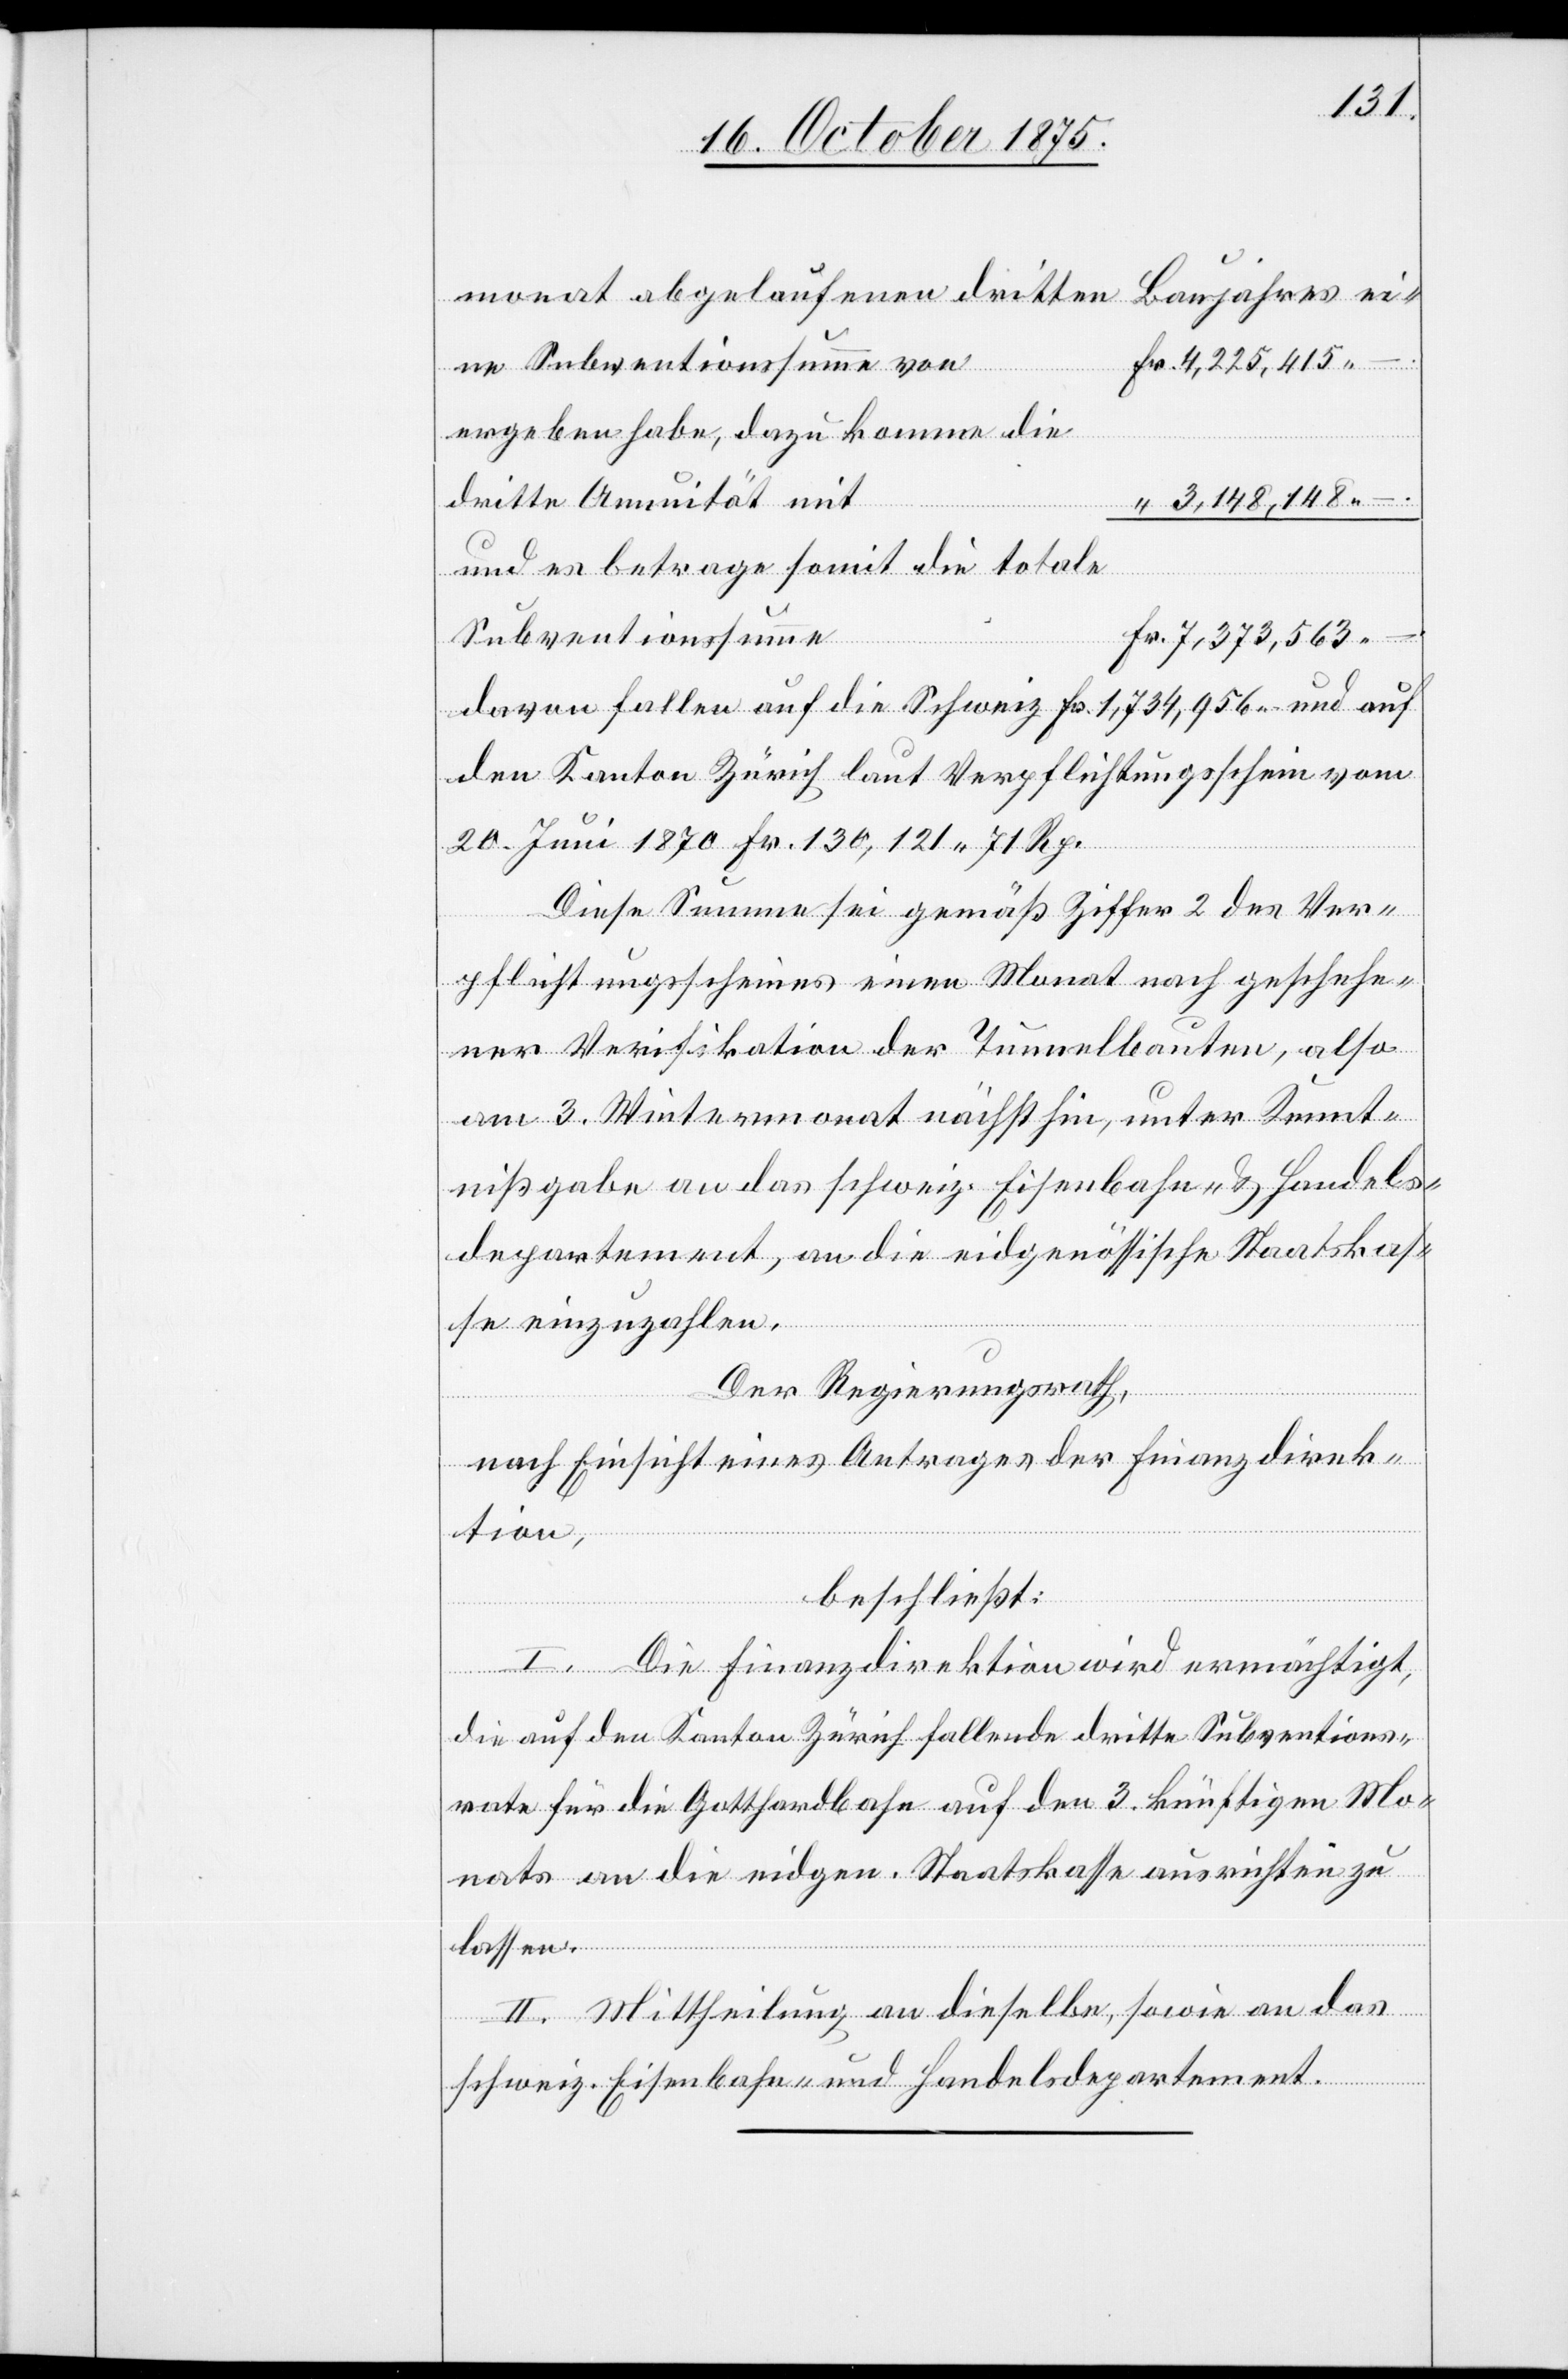
monat abgelaufenen dritten
Baujahres ei¬
4,225,415 –.
ergeben habe, dazu komme die
dritte Annuität mit
3,148,148 –.
und es betrage somit die totale
ne
Subventionssumme
7,373,563 –.
davon fallen auf die Schweiz Fr. 1,734,956 und auf
den Kanton Zürich laut Verpflichtungsschein vom
20. Juni 1870 Fr. 130,121 71 Rp.
Diese Summe sei gemäß Ziffer 2 des Ver¬
pflichtungsscheines einen Monat nach geschehe¬
ner Verifikation der Tunnelbauten, also
am 3. Wintermonat nächsthin, unter Kennt¬
nißgabe an das schweiz. Eisenbahn- & Handels¬
departement, an die eidgenössische Staatskas¬
se einzuzahlen.
Der Regierungsrath,
nach Einsicht eines Antrages der Finanzdirek¬
tion,
beschließt:
I. Die Finanzdirektion wird ermächtigt,
die auf den Kanton Zürich fallende dritte Subventions¬
rate für die Gotthardbahn auf den 3. künftigen Mo¬
nats an die eidgen. Staatskasse ausrichten zu
von
lassen.
II. Mittheilung an dieselbe, sowie an das
schweiz. Eisenbahn- und Handelsdepartement.